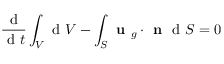
\frac { \mathrm { ~ d ~ } } { \mathrm { ~ d ~ } t } \int _ { V } \mathrm { ~ d ~ } V - \int _ { S } \textbf { u } _ { g } \cdot \textbf { n } \mathrm { ~ d ~ } S = 0